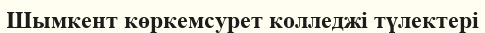
Шымкент көркемсурет колледжі түлектері